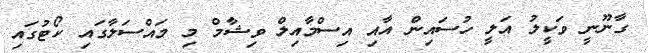
ގާނޫނީ ވަކީލު އަލީ ހުސައިން އާއި އިސްމާއިލް ވިޝާމް މި މައްސަލާގައި ކޯޓުގައި